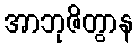
အာဘုဇိတွာန